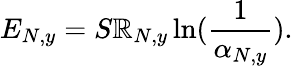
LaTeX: E_{N,y}=S\mathbb{R}_{N,y}\ln(\frac{{1}}{{\alpha_{N,y}}}).